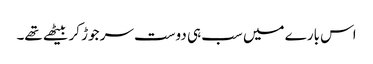
اس بارے میں سب ہی دوست سر جوڑ کر بیٹھے تھے۔